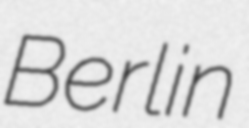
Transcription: Berlin